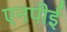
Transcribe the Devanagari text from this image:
एनपीई